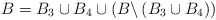
\begin{align*}B=B_{3}\cup B_{4}\cup \left( B\backslash \left( B_{3}\cup B_{4}\right)\right) \end{align*}